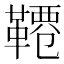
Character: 𩌕